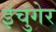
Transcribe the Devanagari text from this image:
इंचुंगेर